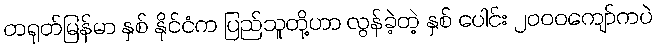
တရုတ်မြန်မာ နှစ် နိုင်ငံက ပြည်သူတို့ဟာ လွန်ခဲ့တဲ့ နှစ် ပေါင်း ၂၀၀၀ကျော်ကပဲ